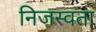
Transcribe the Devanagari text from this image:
निजस्वता